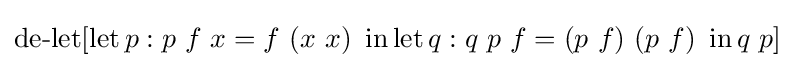
\operatorname {de-let} [\operatorname {let} p:p\ f\ x=f\ (x\ x)\ \operatorname {in} \operatorname {let} q:q\ p\ f=(p\ f)\ (p\ f)\ \operatorname {in} q\ p]